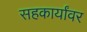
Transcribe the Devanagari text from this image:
सहकार्यांवर